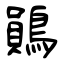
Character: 鶰